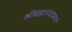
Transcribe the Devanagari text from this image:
श्रीब्रह्मानंदांप्रमाणे